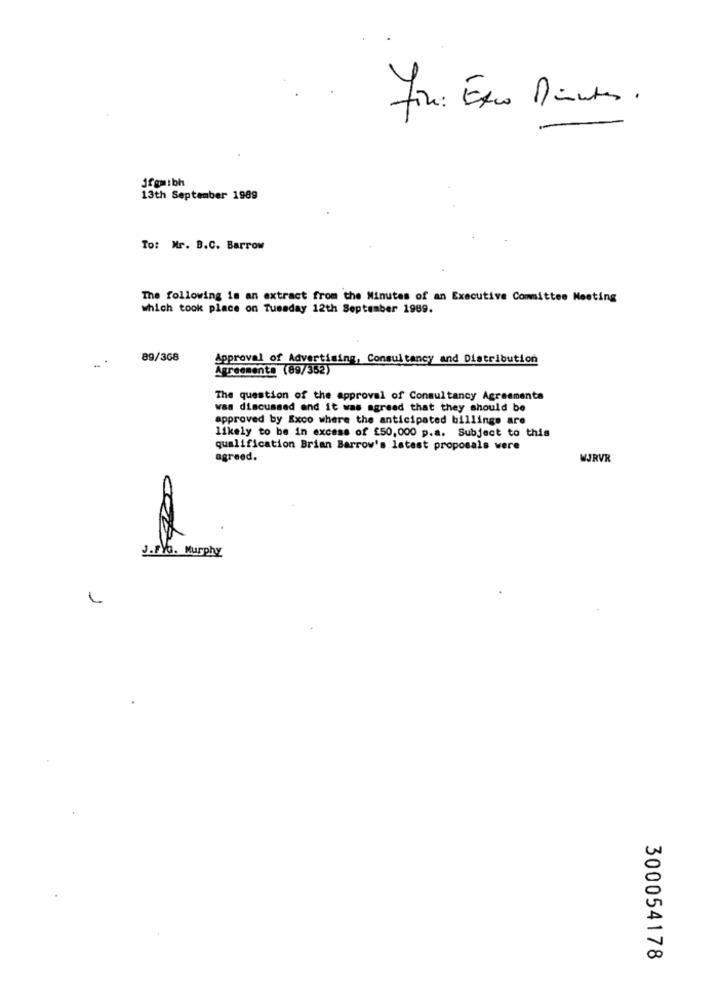
Fire: Esco Minutes.
Jfgm:bh
13th September 1989
To: Mr. B.C. Barrow
The following is an extract from the Minutes of an Executive Committee Meeting
which took place on Tuesday 12th September 1989.
89/368
Approval of Advertising, Consultancy and Distribution
Agreementa (89/352)
The question of the approval of Consultancy Agreements
was discussed and it was agreed that they should be
approved by Exco where the anticipated billinge are
likely to be in excess of £50,000 p.a. Subject to this
qualification Brian Barrow's latest proposals were
agreed.
WJRVR
J.FYG. Murphy
300054178